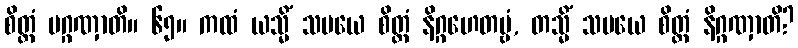
စိတ္တံ ပဂ္ဂဏှာတိ။ ၆၅။ ကထံ ယသ္မိံ သမယေ စိတ္တံ နိဂ္ဂဟေတဗ္ဗံ, တသ္မိံ သမယေ စိတ္တံ နိဂ္ဂဏှာတိ?